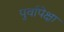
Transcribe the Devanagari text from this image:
पुर्वापेक्षा